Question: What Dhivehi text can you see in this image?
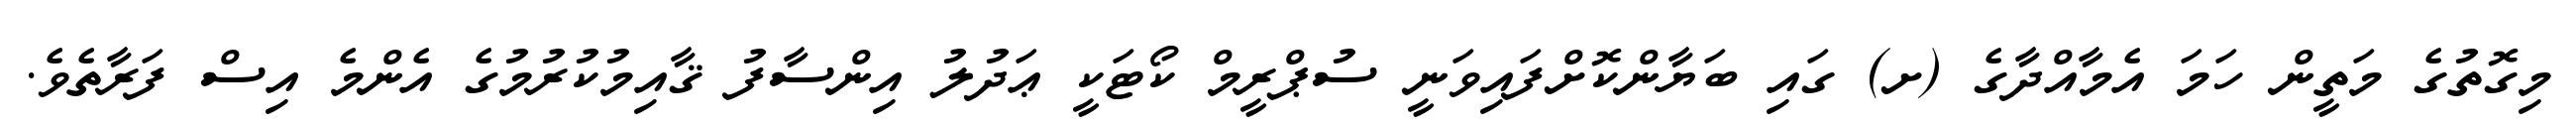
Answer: މިގޮތުގެ މަތީން ހަމަ އެމާއްދާގެ (ށ) ގައި ބަޔާންކޮށްފައިވަނީ ސުޕްރީމް ކޯޓަކީ ޢަދުލު އިންސާފު ޤާއިމުކުރުމުގެ އެންމެ އިސް ފަރާތެވެ.